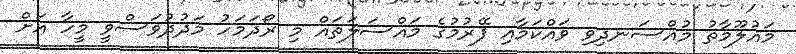
މައުލޫމާތު މުއްސަނދިވި ވައްކަމާއި ފޭރުމުގެ މައްސަލަތައް މި ރޯދަމަހު މަދުދުވަސްވީ މީހާ އަށް